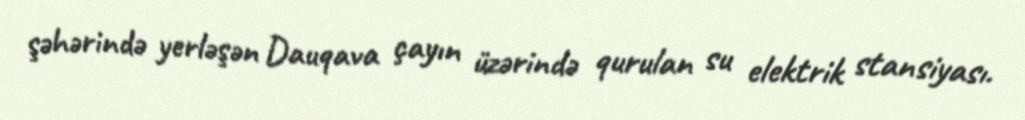
şəhərində yerləşən Dauqava çayın üzərində qurulan su elektrik stansiyası.